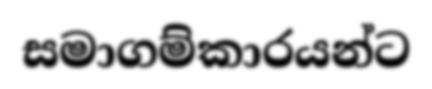
සමාගම්කාරයන්ට